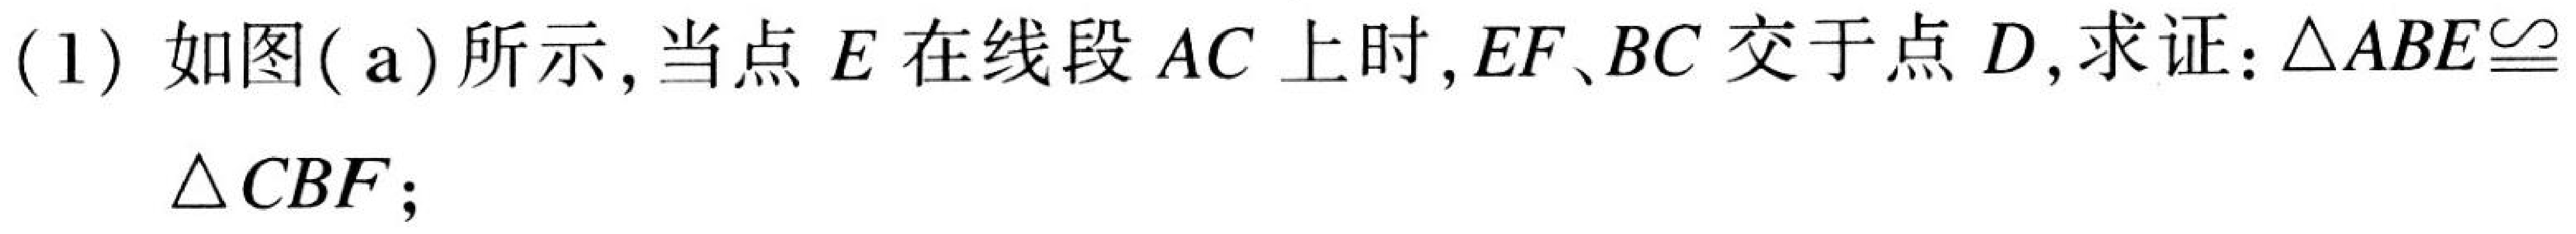
(1) 如图(a)所示,当点 \(E\) 在线段 \(AC\) 上时, \(EF、BC\) 交于点 \(D\),求证:\(\triangle ABE\cong\triangle CBF\);